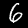
Label: 6